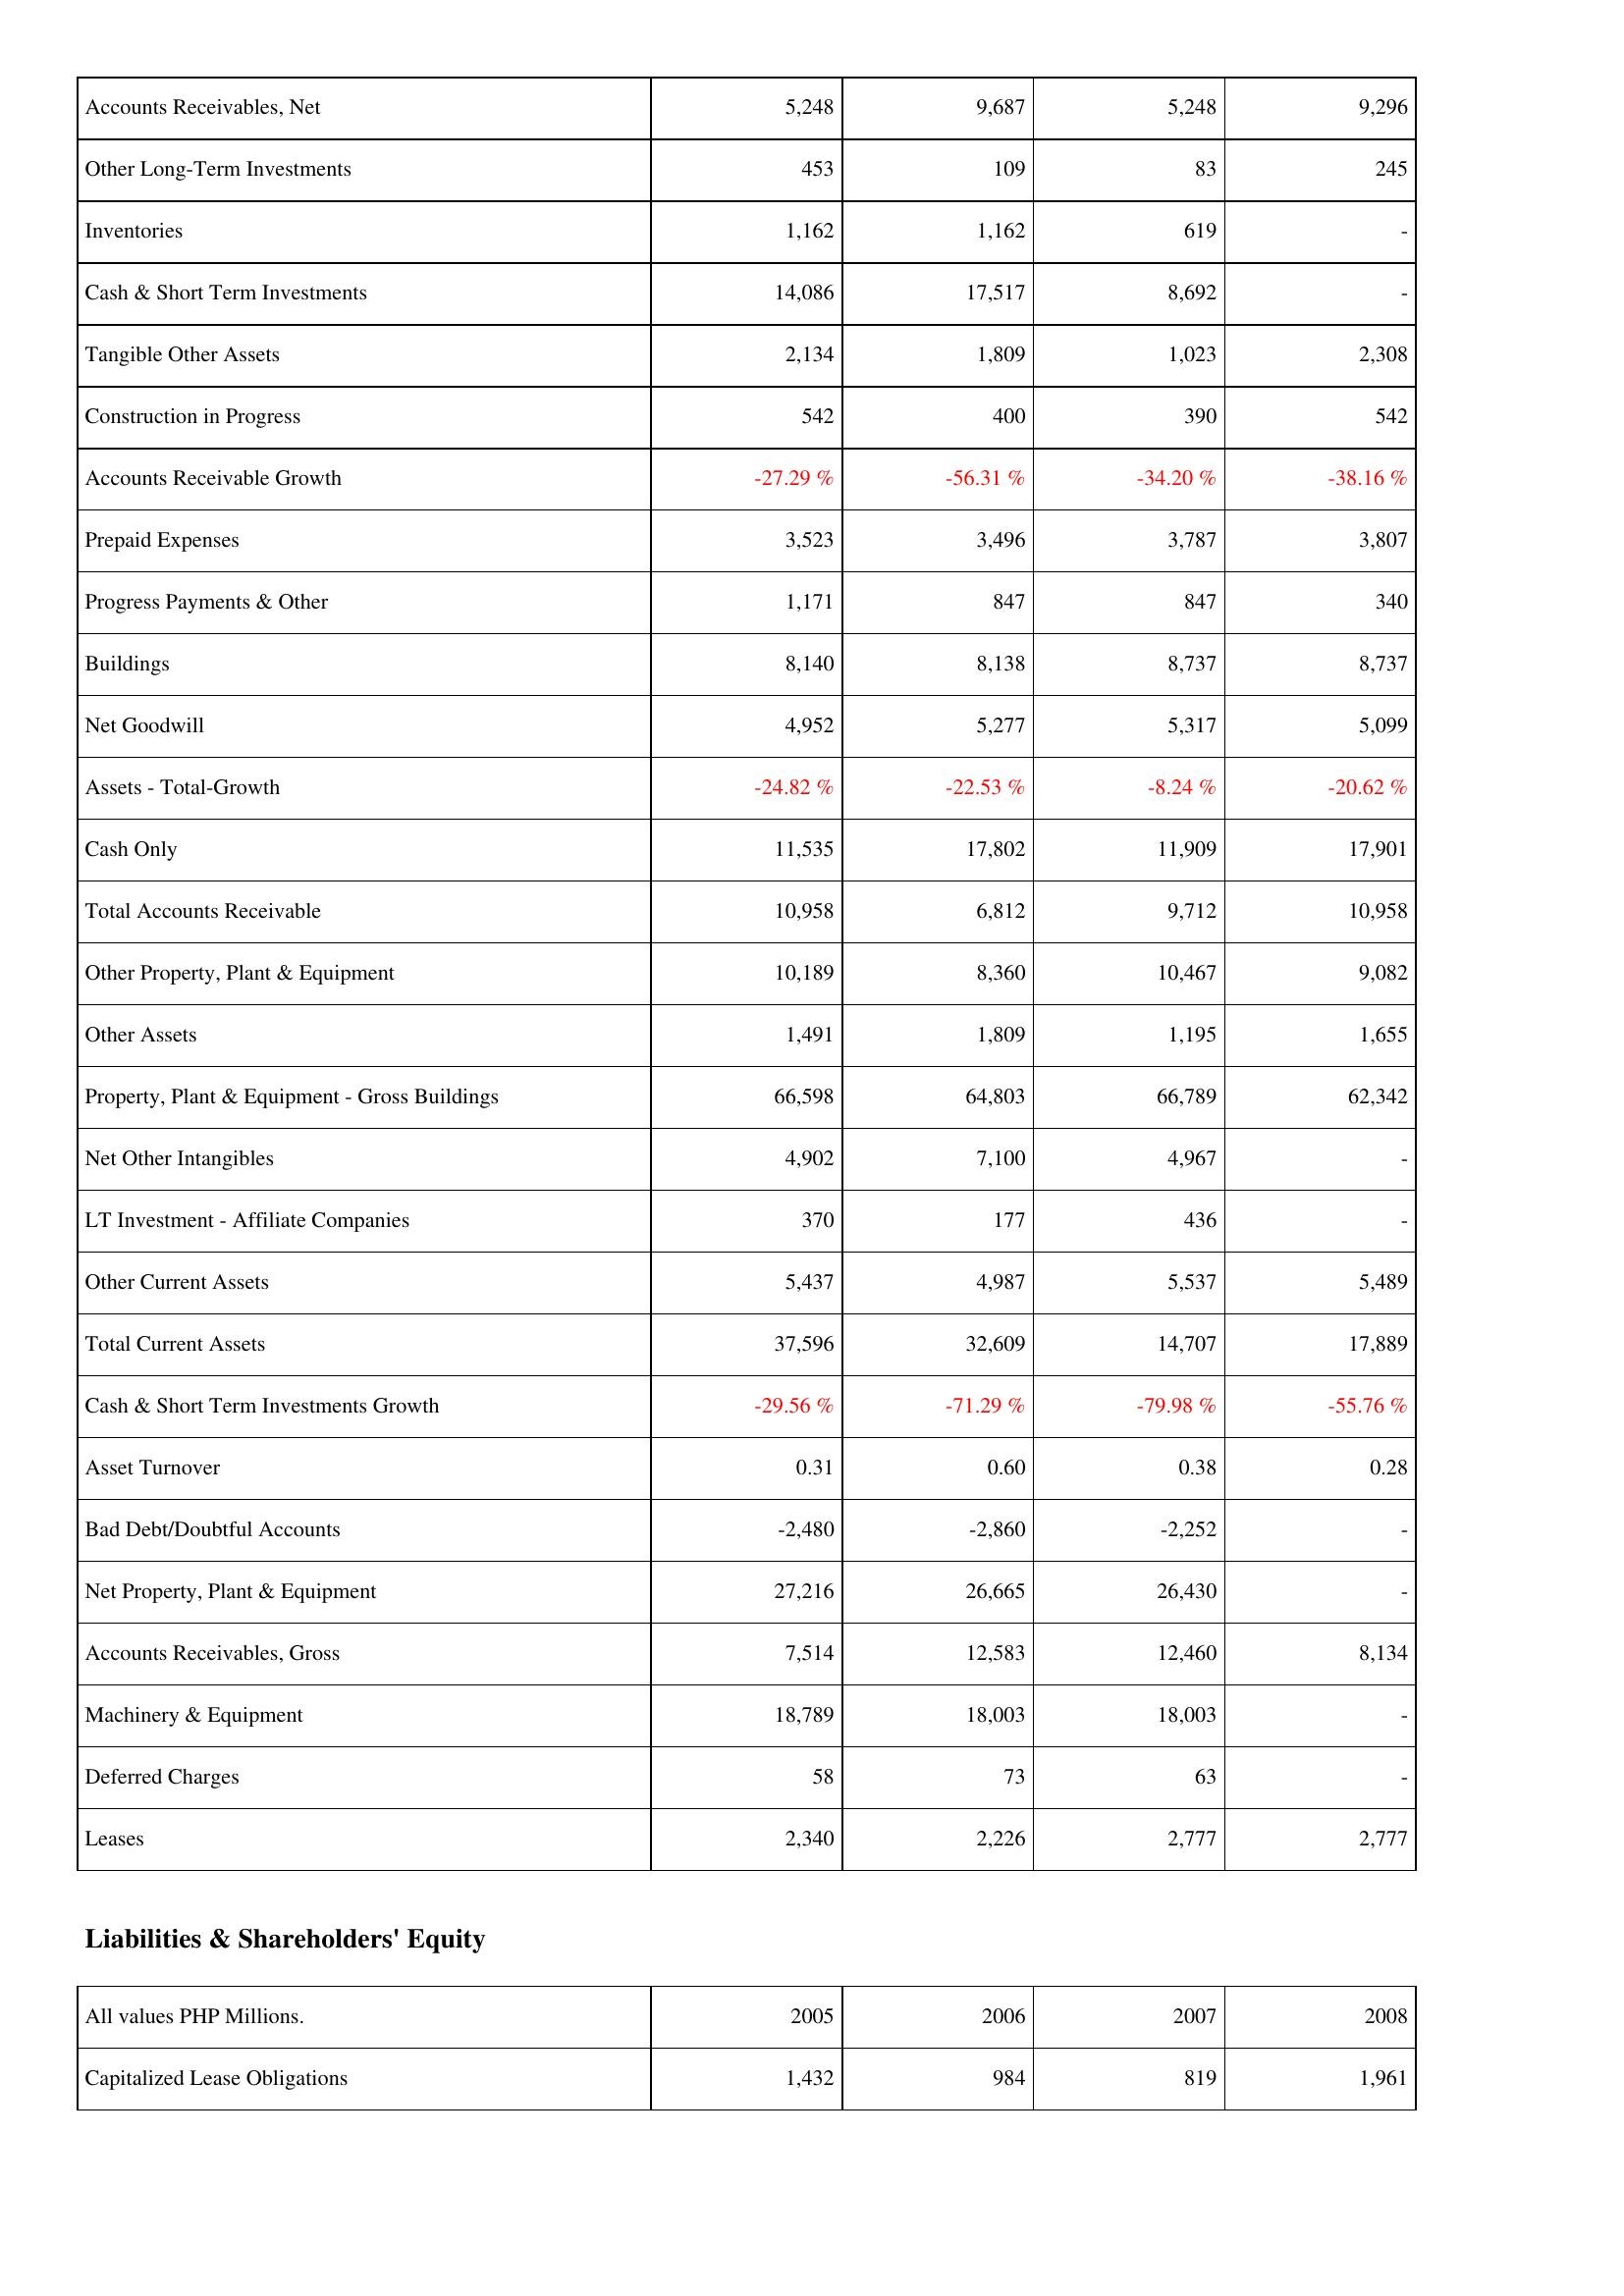
2005: Assets: Accounts Receivables, Net: 5,248
Other Long-Term Investments: 453
Inventories: 1,162
Cash & Short Term Investments: 14,086
Tangible Other Assets: 2,134
Construction in Progress: 542
Accounts Receivable Growth: -27.29 %
Prepaid Expenses: 3,523
Progress Payments & Other: 1,171
Buildings: 8,140
Net Goodwill: 4,952
Assets - Total-Growth: -24.82 %
Cash Only: 11,535
Total Accounts Receivable: 10,958
Other Property, Plant & Equipment: 10,189
Other Assets: 1,491
Property, Plant & Equipment - Gross Buildings: 66,598
Net Other Intangibles: 4,902
LT Investment - Affiliate Companies: 370
Other Current Assets: 5,437
Total Current Assets: 37,596
Cash & Short Term Investments Growth: -29.56 %
Asset Turnover: 0.31
Bad Debt/Doubtful Accounts: -2,480
Net Property, Plant & Equipment: 27,216
Accounts Receivables, Gross: 7,514
Machinery & Equipment: 18,789
Deferred Charges: 58
Leases: 2,340
Liabilities & Shareholders' Equity: Capitalized Lease Obligations: 1,432
2006: Assets: Accounts Receivables, Net: 9,687
Other Long-Term Investments: 109
Inventories: 1,162
Cash & Short Term Investments: 17,517
Tangible Other Assets: 1,809
Construction in Progress: 400
Accounts Receivable Growth: -56.31 %
Prepaid Expenses: 3,496
Progress Payments & Other: 847
Buildings: 8,138
Net Goodwill: 5,277
Assets - Total-Growth: -22.53 %
Cash Only: 17,802
Total Accounts Receivable: 6,812
Other Property, Plant & Equipment: 8,360
Other Assets: 1,809
Property, Plant & Equipment - Gross Buildings: 64,803
Net Other Intangibles: 7,100
LT Investment - Affiliate Companies: 177
Other Current Assets: 4,987
Total Current Assets: 32,609
Cash & Short Term Investments Growth: -71.29 %
Asset Turnover: 0.60
Bad Debt/Doubtful Accounts: -2,860
Net Property, Plant & Equipment: 26,665
Accounts Receivables, Gross: 12,583
Machinery & Equipment: 18,003
Deferred Charges: 73
Leases: 2,226
Liabilities & Shareholders' Equity: Capitalized Lease Obligations: 984
2007: Assets: Accounts Receivables, Net: 5,248
Other Long-Term Investments: 83
Inventories: 619
Cash & Short Term Investments: 8,692
Tangible Other Assets: 1,023
Construction in Progress: 390
Accounts Receivable Growth: -34.20 %
Prepaid Expenses: 3,787
Progress Payments & Other: 847
Buildings: 8,737
Net Goodwill: 5,317
Assets - Total-Growth: -8.24 %
Cash Only: 11,909
Total Accounts Receivable: 9,712
Other Property, Plant & Equipment: 10,467
Other Assets: 1,195
Property, Plant & Equipment - Gross Buildings: 66,789
Net Other Intangibles: 4,967
LT Investment - Affiliate Companies: 436
Other Current Assets: 5,537
Total Current Assets: 14,707
Cash & Short Term Investments Growth: -79.98 %
Asset Turnover: 0.38
Bad Debt/Doubtful Accounts: -2,252
Net Property, Plant & Equipment: 26,430
Accounts Receivables, Gross: 12,460
Machinery & Equipment: 18,003
Deferred Charges: 63
Leases: 2,777
Liabilities & Shareholders' Equity: Capitalized Lease Obligations: 819
2008: Assets: Accounts Receivables, Net: 9,296
Other Long-Term Investments: 245
Inventories: -
Cash & Short Term Investments: -
Tangible Other Assets: 2,308
Construction in Progress: 542
Accounts Receivable Growth: -38.16 %
Prepaid Expenses: 3,807
Progress Payments & Other: 340
Buildings: 8,737
Net Goodwill: 5,099
Assets - Total-Growth: -20.62 %
Cash Only: 17,901
Total Accounts Receivable: 10,958
Other Property, Plant & Equipment: 9,082
Other Assets: 1,655
Property, Plant & Equipment - Gross Buildings: 62,342
Net Other Intangibles: -
LT Investment - Affiliate Companies: -
Other Current Assets: 5,489
Total Current Assets: 17,889
Cash & Short Term Investments Growth: -55.76 %
Asset Turnover: 0.28
Bad Debt/Doubtful Accounts: -
Net Property, Plant & Equipment: -
Accounts Receivables, Gross: 8,134
Machinery & Equipment: -
Deferred Charges: -
Leases: 2,777
Liabilities & Shareholders' Equity: Capitalized Lease Obligations: 1,961